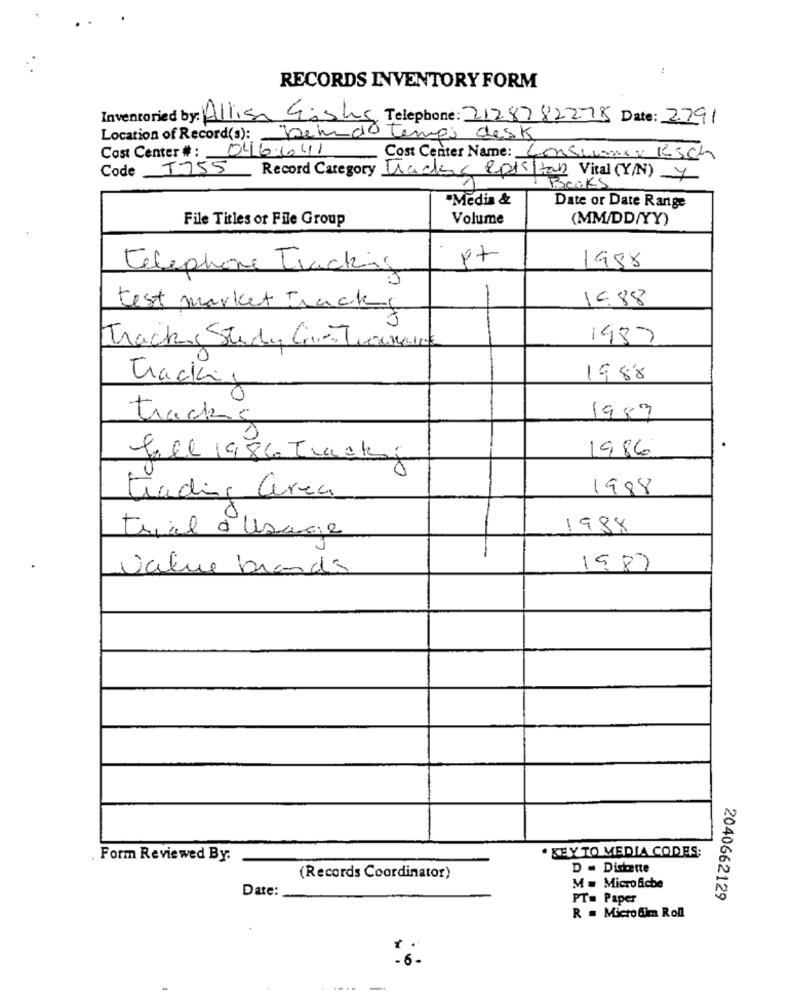
RECORDS INVENTORY FORM
Inventoried by: Allis Gishs Telephone: 2128782278 Date: 2791
Location of Record(s): Det do Temps desk
Cost Center # : 046641
Cost Center Name: Consumi: KESch
Code T755
Record Category Tracks eptstan Vital (Y/N) Y
"Media &
Date or Date Range
File Titles or File Group
Volume
(MM/DD/YY)
1988
telephone Tracking
-
1088
test market Track
1987
Track, Studi Gius Toouraire
19 88
Tracking
tracks
1987
1986
Till 1986 Tracking
1988
trading Cerca
trial aUsage
1988
1987
Value brands
. Form Reviewed By.
· KEY TO MEDIA CODES:
D = Diskene
(Records Coordinator)
M = Micro fiche
Date:
PT= Paper
2040662129
R = Micro fim Roll
-6-
-